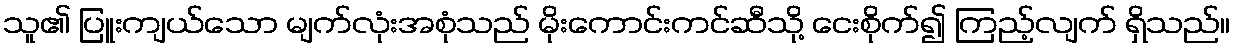
သူ၏ ပြူးကျယ်သော မျက်လုံးအစုံသည် မိုးကောင်းကင်ဆီသို့ ငေးစိုက်၍ ကြည့်လျက် ရှိသည်။